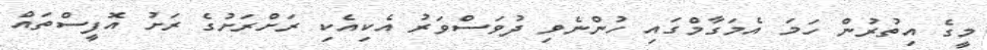
މީގެ އިތުރުން ހަމަ އެމަގާމްގައި ހުންނެވި ދުވަސްވަރު އެކިއެކި ރަށްރަށުގެ ރަށު އޮފީސްތައް